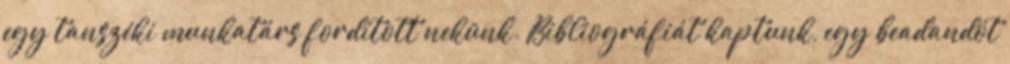
egy tanszéki munkatárs fordított nekünk. Bibliográfiát kaptunk, egy beadandót